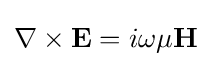
\nabla \times \mathbf {E} =i\omega \mu \mathbf {H}